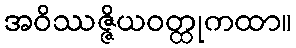
အဝိဿဇ္ဇိယဝတ္ထုကထာ။